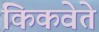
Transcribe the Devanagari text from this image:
किकवेते